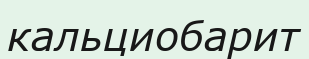
кальциобарит